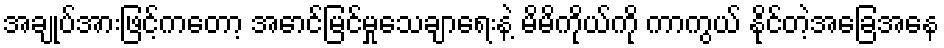
အချုပ်အားဖြင့်ကတော့ အောင်မြင်မှုသေချာရေးနဲ့ မိမိကိုယ်ကို ကာကွယ် နိုင်တဲ့အခြေအနေ